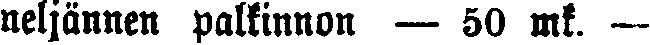
neljännen palkinnon — 50 mk. —